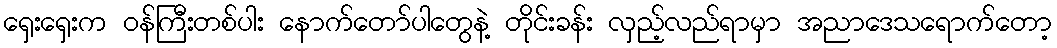
ရှေးရှေးက ဝန်ကြီးတစ်ပါး နောက်တော်ပါတွေနဲ့ တိုင်းခန်း လှည့်လည်ရာမှာ အညာဒေသရောက်တော့